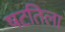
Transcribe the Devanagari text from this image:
षटतिला